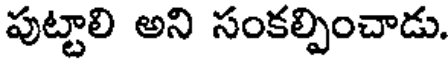
పుట్టాలి అని సంకల్పించాడు.